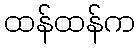
ထန်ထန်က